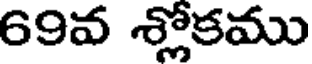
69వ శ్లోకము